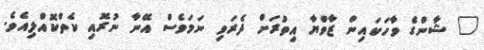
" ޝާންގެ ވާހަކައިން ޒާވްޔާ އިތުރަށް ދެރަވި ނަމަވެސް އޭނާ ނުރޮއި ކެތްކޮއްލިއެވެ.